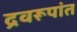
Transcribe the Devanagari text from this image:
द्रवरूपांत